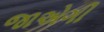
જાએગી